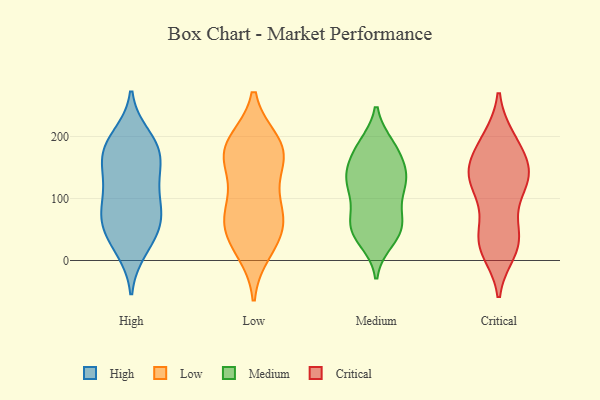
{"axis": {"x": "Demand Index", "y": "Value"}, "legend": ["Critical", "High", "Low", "Medium"], "data": [{"x": "", "y": 171, "type": "High"}, {"x": "", "y": 200, "type": "High"}, {"x": "", "y": 77, "type": "High"}, {"x": "", "y": 81, "type": "High"}, {"x": "", "y": 130, "type": "High"}, {"x": "", "y": 167, "type": "High"}, {"x": "", "y": 18, "type": "High"}, {"x": "", "y": 27, "type": "High"}, {"x": "", "y": 43, "type": "High"}, {"x": "", "y": 182, "type": "High"}, {"x": "", "y": 58, "type": "High"}, {"x": "", "y": 192, "type": "High"}, {"x": "", "y": 126, "type": "High"}, {"x": "", "y": 168, "type": "High"}, {"x": "", "y": 125, "type": "High"}, {"x": "", "y": 70, "type": "High"}, {"x": "", "y": 79, "type": "High"}, {"x": "", "y": 168, "type": "Low"}, {"x": "", "y": 33, "type": "Low"}, {"x": "", "y": 17, "type": "Low"}, {"x": "", "y": 188, "type": "Low"}, {"x": "", "y": 60, "type": "Low"}, {"x": "", "y": 86, "type": "Low"}, {"x": "", "y": 45, "type": "Low"}, {"x": "", "y": 163, "type": "Low"}, {"x": "", "y": 93, "type": "Low"}, {"x": "", "y": 181, "type": "Low"}, {"x": "", "y": 72, "type": "Low"}, {"x": "", "y": 190, "type": "Low"}, {"x": "", "y": 156, "type": "Low"}, {"x": "", "y": 134, "type": "Medium"}, {"x": "", "y": 72, "type": "Medium"}, {"x": "", "y": 131, "type": "Medium"}, {"x": "", "y": 143, "type": "Medium"}, {"x": "", "y": 136, "type": "Medium"}, {"x": "", "y": 111, "type": "Medium"}, {"x": "", "y": 185, "type": "Medium"}, {"x": "", "y": 174, "type": "Medium"}, {"x": "", "y": 67, "type": "Medium"}, {"x": "", "y": 58, "type": "Medium"}, {"x": "", "y": 115, "type": "Medium"}, {"x": "", "y": 48, "type": "Medium"}, {"x": "", "y": 126, "type": "Medium"}, {"x": "", "y": 184, "type": "Medium"}, {"x": "", "y": 177, "type": "Medium"}, {"x": "", "y": 50, "type": "Medium"}, {"x": "", "y": 33, "type": "Medium"}, {"x": "", "y": 44, "type": "Medium"}, {"x": "", "y": 120, "type": "Critical"}, {"x": "", "y": 140, "type": "Critical"}, {"x": "", "y": 16, "type": "Critical"}, {"x": "", "y": 188, "type": "Critical"}, {"x": "", "y": 94, "type": "Critical"}, {"x": "", "y": 30, "type": "Critical"}, {"x": "", "y": 126, "type": "Critical"}, {"x": "", "y": 164, "type": "Critical"}, {"x": "", "y": 52, "type": "Critical"}, {"x": "", "y": 195, "type": "Critical"}, {"x": "", "y": 195, "type": "Critical"}, {"x": "", "y": 130, "type": "Critical"}, {"x": "", "y": 141, "type": "Critical"}, {"x": "", "y": 25, "type": "Critical"}, {"x": "", "y": 29, "type": "Critical"}, {"x": "", "y": 142, "type": "Critical"}, {"x": "", "y": 31, "type": "Critical"}, {"x": "", "y": 145, "type": "Critical"}]}